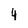
Character: 4